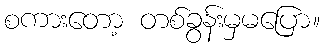
စကားတော့ တစ်ခွန်းမှမပြော။